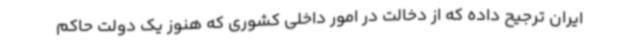
ایران ترجیح داده که از دخالت در امور داخلی کشوری که هنوز یک دولت حاکم